Annual administration report of the Civil Veterinary Department, Ajmere-Merwara, British Rajputana - 1914-1940
Year: 1914
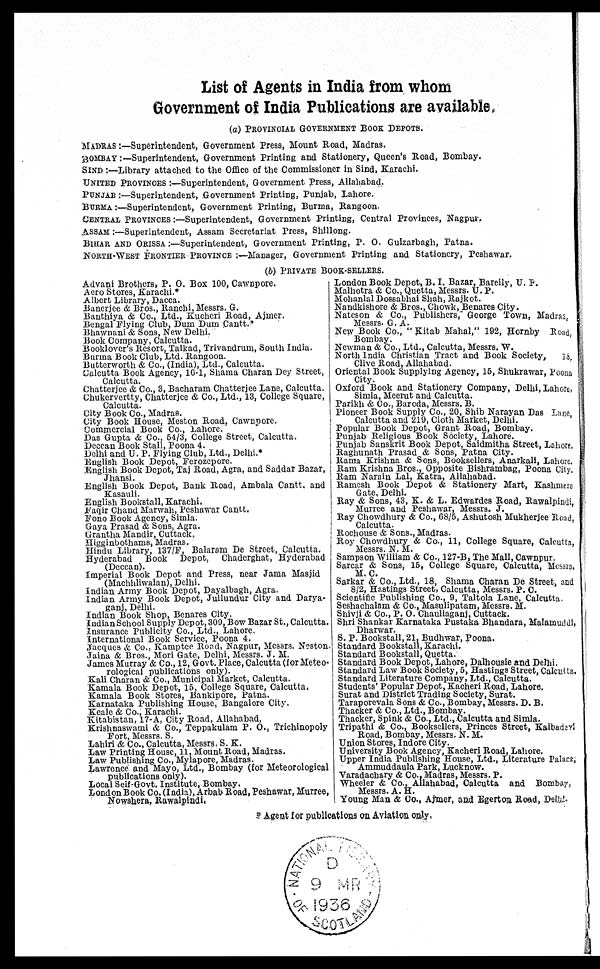
List of Agents in India from whom
Government of India Publications are available.
(a) PROVINCIAL GOVERNMENT BOOK DEPOTS.
MADRAS:—Superintendent, Government Press, Mount Road, Madras.
BOMBAY:—Superintendent, Government Printing and Stationery, Queen's Road, Bombay.
SIND:—Library attached to the Office of the Commissioner in Sind, Karachi.
UNITED PROVINCES:—Superintendent, Government Press, Allahabad.
PUNJAB:—Superintendent, Government Printing, Punjab, Lahore.
BURMA:—Superintendent, Government Printing, Burma, Rangoon.
CENTRAL PROVINCES:—Superintendent, Government Printing, Central Provinces, Nagpur.
ASSAM:—Superintendent, Assam Secretariat Press, Shillong.
BIHAR AND ORISSA:—Superintendent, Government Printing, P. O. Gulzarbagh, Patna.
NORTH-WEST FRONTIER PROVINCE:—Manager, Government Printing and Stationery, Peshawar.
(b) PRIVATE BOOK-SELLERS.
Advani Brothers, P. O. Box 100, Cawnpore.
Aero Stores, Karachi.*
Albert Library, Dacca.
Banerjee & Bros., Ranchi, Messrs. G.
Banthiya & Co., Ltd., Kucheri Road, Ajmer.
Bengal Flying Club, Dum Dum Cantt.*
Bhawnani & Sons, New Delhi.
Book Company, Calcutta.
Booklover's Resort, Taikad, Trivandrum, South India.
Burma Book Club, Ltd. Rangoon.
Butterworth & Co., (India), Ltd., Calcutta.
Calcutta Book Agency, 16-1, Shama Charan Dey Street,
Calcutta.
Chatterjee & Co., 3, Bacharam Chatterjee Lane, Calcutta.
Chukervertty, Chatterjee & Co., Ltd., 13, College Square,
Calcutta.
City Book Co., Madras.
City Book House, Meston Road, Cawnpore.
Commercial Book Co., Lahore.
Das Gupta & Co., 54/3, College Street, Calcutta.
Deccan Book Stall, Poona 4.
Delhi and U. P. Flying Club, Ltd., Delhi.*
English Book Depot, Ferozepore.
English Book Depot, Taj Road, Agra, and Saddar Bazar,
Jhansi.
English Book Depot, Bank Road, Ambala Cantt. and
Kasauli.
English Bookstall, Karachi.
Faqir Chand Marwah, Peshawar Cantt.
Fono Book Agency, Simla.
Gaya Prasad & Sons, Agra.
Grantha Mandir, Cuttack.
Higginbothams, Madras.
Hindu Library, 137/F, Balaram De Street, Calcutta.
Hyderabad
Book
Depot,
Chaderghat, Hyderabad
(Deccan).
Imperial Book Depot and Press, near Jama Masjid
(Machhliwalan), Delhi.
Indian Army Book Depot, Dayalbagh, Agra.
Indian Army Book Depot, Jullundur City and Darya-
ganj, Delhi.
Indian Book Shop, Benares City.
Indian School Supply Depot, 309, Bow Bazar St., Calcutta.
Insurance Publicity Co., Ltd., Lahore.
International Book Service, Poona 4.
Jacques & Co., Kamptee Road, Nagpur, Messrs. Neston
Jaina & Bros., Mori Gate, Delhi, Messrs. J. M.
James Murray & Co., 12, Govt. Place, Calcutta (for Meteo-
rological publications only).
Kali Charan & Co., Municipal Market, Calcutta.
Kamala Book Depot, 15, College Square, Calcutta.
Kamala Book Stores, Bankipore, Patna.
Karnataka Publishing House, Bangalore City.
Keale & Co., Karachi.
Kitabistan, 17-A, City Road, Allahabad,
Krishnaswami & Co., Teppakulam P. O., Trichinopoly
Fort, Messrs. S.
Lahiri & Co., Calcutta, Messrs, S. K.
Law Printing House, 11, Mount Road, Madras.
Law Publishing Co., Mylapore, Madras.
Lawrence and Mayo, Ltd., Bombay (for Meteorological
publications only).
Local Self-Govt. Institute, Bombay.
London Book Co. (India), Arbab Road, Peshawar, Murree,
Nowshera, Rawalpindi.
London Book Depot, B. I. Bazar, Bareily, U. P.
Malhotra & Co., Quetta, Messrs. U. P.
Mohanlal Dossabhai Shah, Rajkot.
Nandkishore & Bros., Chowk, Benares City.
Nateson & Co., Publishers, George Town, Madras,
Messrs. G.
A.
New Book Co., " Kitab Mahal," 192, Hornby Road,
Bombay.
Newman & Co., Ltd., Calcutta, Messrs. W.
North India Christian Tract and Book Society,
18
Clive Road, Allahabad.
Oriental Book Supplying Agency, 15, Shukrawar, Poona
City.
Oxford Book and Stationery Company, Delhi, Lahore,
Simla, Meerut and Calcutta.
Parikh & Co., Baroda, Messrs. B.
Pioneer Book Supply Co., 20, Shib Narayan Das Lane,
Calcutta and 219, Cloth Market, Delhi.
Popular Book Depot, Grant Road, Bombay.
Punjab Religious Book Society, Lahore.
Punjab Sanskrit Book Depot, Saidmitha Street, Lahore,
Raghunath Prasad & Sons, Patna City.
Rama Krishna & Sons, Booksellers, Anarkali, Lahore.
Ram Krishna Bros., Opposite Bishrambag, Poona City.
Ram Narain Lal, Katra, Allahabad.
Ramesh Book Depot & Stationery Mart, Kashmere
Gate, Delhi.
Ray & Sons, 43, K. & L. Edwardes Road, Rawalpindi
Murree and Peshawar, Messrs. J.
Ray Chowdhury & Co., 68/5, Ashutosh Mukherjee Road,
Calcutta.
Rochouse & Sons., Madras.
Roy Chowdhury & Co., 11, College Square, Calcutta,
Messrs. N. M.
Sampson William & Co., 127-B, The Mall, Cawnpur.
Sarcar & Sons, 15, College Square, Calcutta, Messrs.
M. C.
Sarkar & Co., Ltd., 18, Shama Charan De Street, and
8/2, Hastings Street, Calcutta, Messrs. P. C.
Scientific Publishing Co., 9, Taltola Lane, Calcutta.
Seshachalam & Co., Masulipatam, Messrs. M.
Shivji & Co., P. O. Chauliaganj, Cuttack.
Shri Shankar Karnataka Pustaka Bhandara, Malamuddi,
Dharwar.
S. P. Bookstall, 21, Budhwar, Poona.
Standard Bookstall, Karachi.
Standard Bookstall, Quetta.
Standard Book Depot, Lahore, Dalhousie and Delhi.
Standard Law Book Society, 5, Hastings Street, Calcutta.
Standard Literature Company, Ltd., Calcutta.
Students' Popular Depot, Kacheri Road, Lahore.
Surat and District Trading Society, Surat.
Taraporevala Sons & Co., Bombay, Messrs. D. B.
Thacker & Co., Ltd., Bombay.
Thacker, Spink & Co., Ltd., Calcutta and Simla.
Tripathi & Co., Booksellers, Princes Street, Kalbadevi
Road, Bombay, Messrs. N. M.
Union Stores, Indore City.
University Book Agency, Kacheri Road, Lahore.
Upper India Publishing House, Ltd., Literature Palace,
Ammuddaula Park, Lucknow.
Varadachary & Co., Madras, Messrs. P.
Wheeler & Co., Allahabad, Calcutta and Bombay,
Messrs. A. H.
Young Man & Co., Ajmer, and Egerton Road, Delhi
* Agent for publications on Aviation only.